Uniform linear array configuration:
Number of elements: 4
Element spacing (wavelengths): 0.5
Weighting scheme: uniform
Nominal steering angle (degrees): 0
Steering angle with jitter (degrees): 1.085
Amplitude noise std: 0.05
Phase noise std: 0.05

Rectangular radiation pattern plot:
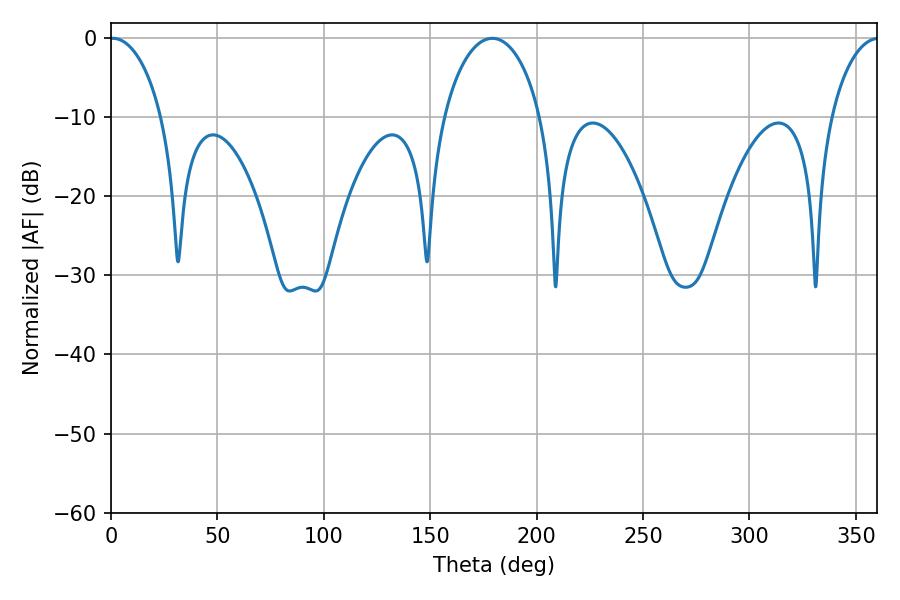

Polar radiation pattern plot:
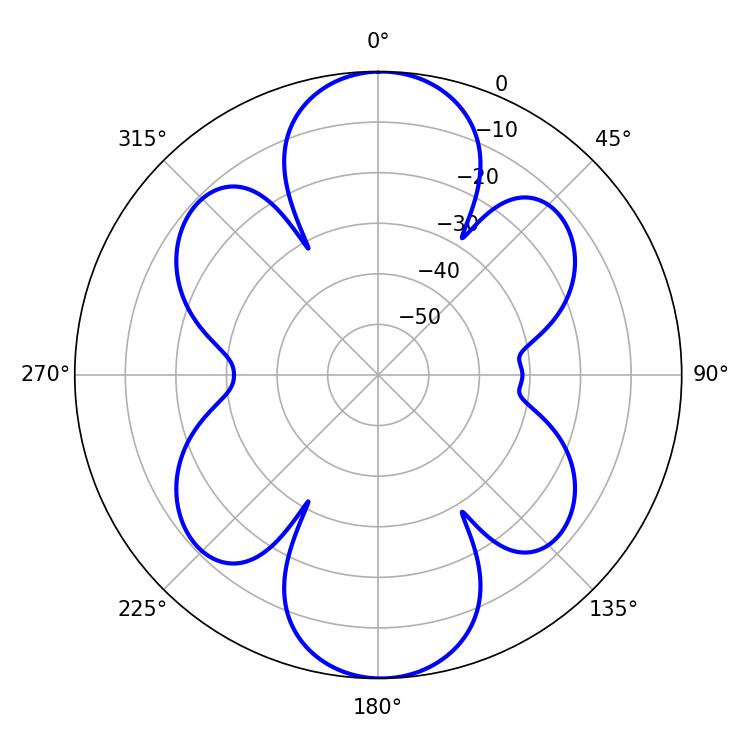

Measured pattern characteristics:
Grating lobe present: FALSE
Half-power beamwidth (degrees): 14.04
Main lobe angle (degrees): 0.9